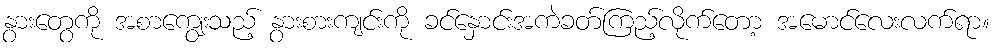
နွားတွေကို အစာကျွေးသည့် နွားစားကျင်းကို ခင်နှောင်းအကဲခတ်ကြည့်လိုက်တော့ အမောင်လေးလက်ရာ။